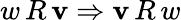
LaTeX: w\, R\, \mathbf{v}\Rightarrow\mathbf{v}\, R\, w